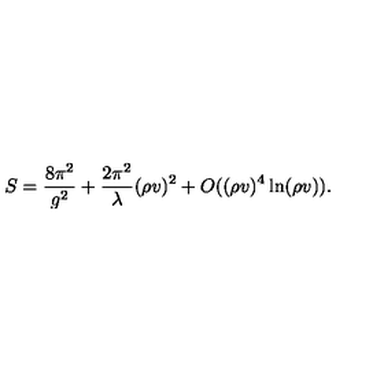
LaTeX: S = \frac { 8 \pi ^ { 2 } } { g ^ { 2 } } + \frac { 2 \pi ^ { 2 } } { \lambda } ( \rho v ) ^ { 2 } + O ( ( \rho v ) ^ { 4 } \ln ( \rho v ) ) .